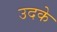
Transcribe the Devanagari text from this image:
उदके